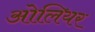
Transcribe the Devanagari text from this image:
ओलियर